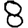
Digit: 8